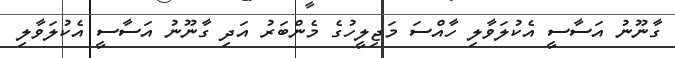
ގާނޫނު އަސާސީ އެކުލަވާލި ހާއްސަ މަޖިލީހުގެ މެންބަރު އަދި ގާނޫނު އަސާސީ އެކުލަވާލި